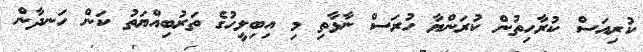
ކުރިއަސް ކުރާހިތުން ކުރަންޔާ ހުރަސް ނާޅާތި މި އިބިލީހުގެ ތަރުބިއްޔަތު ކަން ހަނދާން